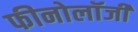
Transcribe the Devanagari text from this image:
फीनोलॉजी